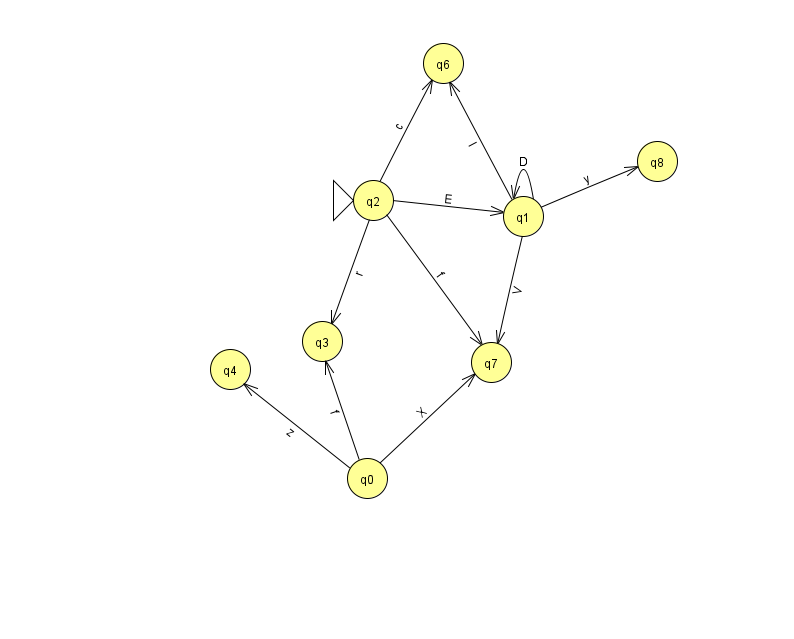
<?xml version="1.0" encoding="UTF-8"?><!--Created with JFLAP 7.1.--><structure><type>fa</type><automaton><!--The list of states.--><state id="0" name="q0"><x>367.0</x><y>465.0</y></state><state id="1" name="q1"><x>523.0</x><y>203.0</y></state><state id="2" name="q2"><x>373.0</x><y>187.0</y><initial/></state><state id="3" name="q3"><x>322.0</x><y>328.0</y></state><state id="4" name="q4"><x>230.0</x><y>356.0</y></state><state id="6" name="q6"><x>443.0</x><y>50.0</y></state><state id="7" name="q7"><x>491.0</x><y>349.0</y></state><state id="8" name="q8"><x>657.0</x><y>148.0</y></state><!--The list of transitions.--><transition><from>2</from><to>3</to><read>r</read></transition><transition><from>0</from><to>7</to><read>X</read></transition><transition><from>1</from><to>7</to><read>V</read></transition><transition><from>1</from><to>1</to><read>D</read></transition><transition><from>0</from><to>3</to><read>f</read></transition><transition><from>2</from><to>1</to><read>E</read></transition><transition><from>1</from><to>8</to><read>y</read></transition><transition><from>0</from><to>4</to><read>z</read></transition><transition><from>2</from><to>6</to><read>c</read></transition><transition><from>1</from><to>6</to><read>l</read></transition><transition><from>2</from><to>7</to><read>f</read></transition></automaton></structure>